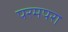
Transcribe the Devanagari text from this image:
परमपरा